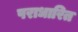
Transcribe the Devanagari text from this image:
पराधारित